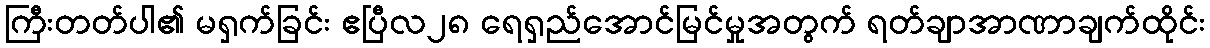
ကြီးတတ်ပါ၏ မရှက်ခြင်း ဧပြီလ၂၈ ရေရှည်အောင်မြင်မှုအတွက် ရတ်ချာအာဏာချက်ထိုင်း